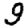
Digit: 9